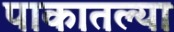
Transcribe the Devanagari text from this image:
पाकातल्या